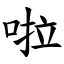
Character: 啦